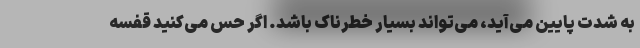
به شدت پایین می‌آید، می‌تواند بسیار خطرناک باشد. اگر حس می‌کنید قفسه